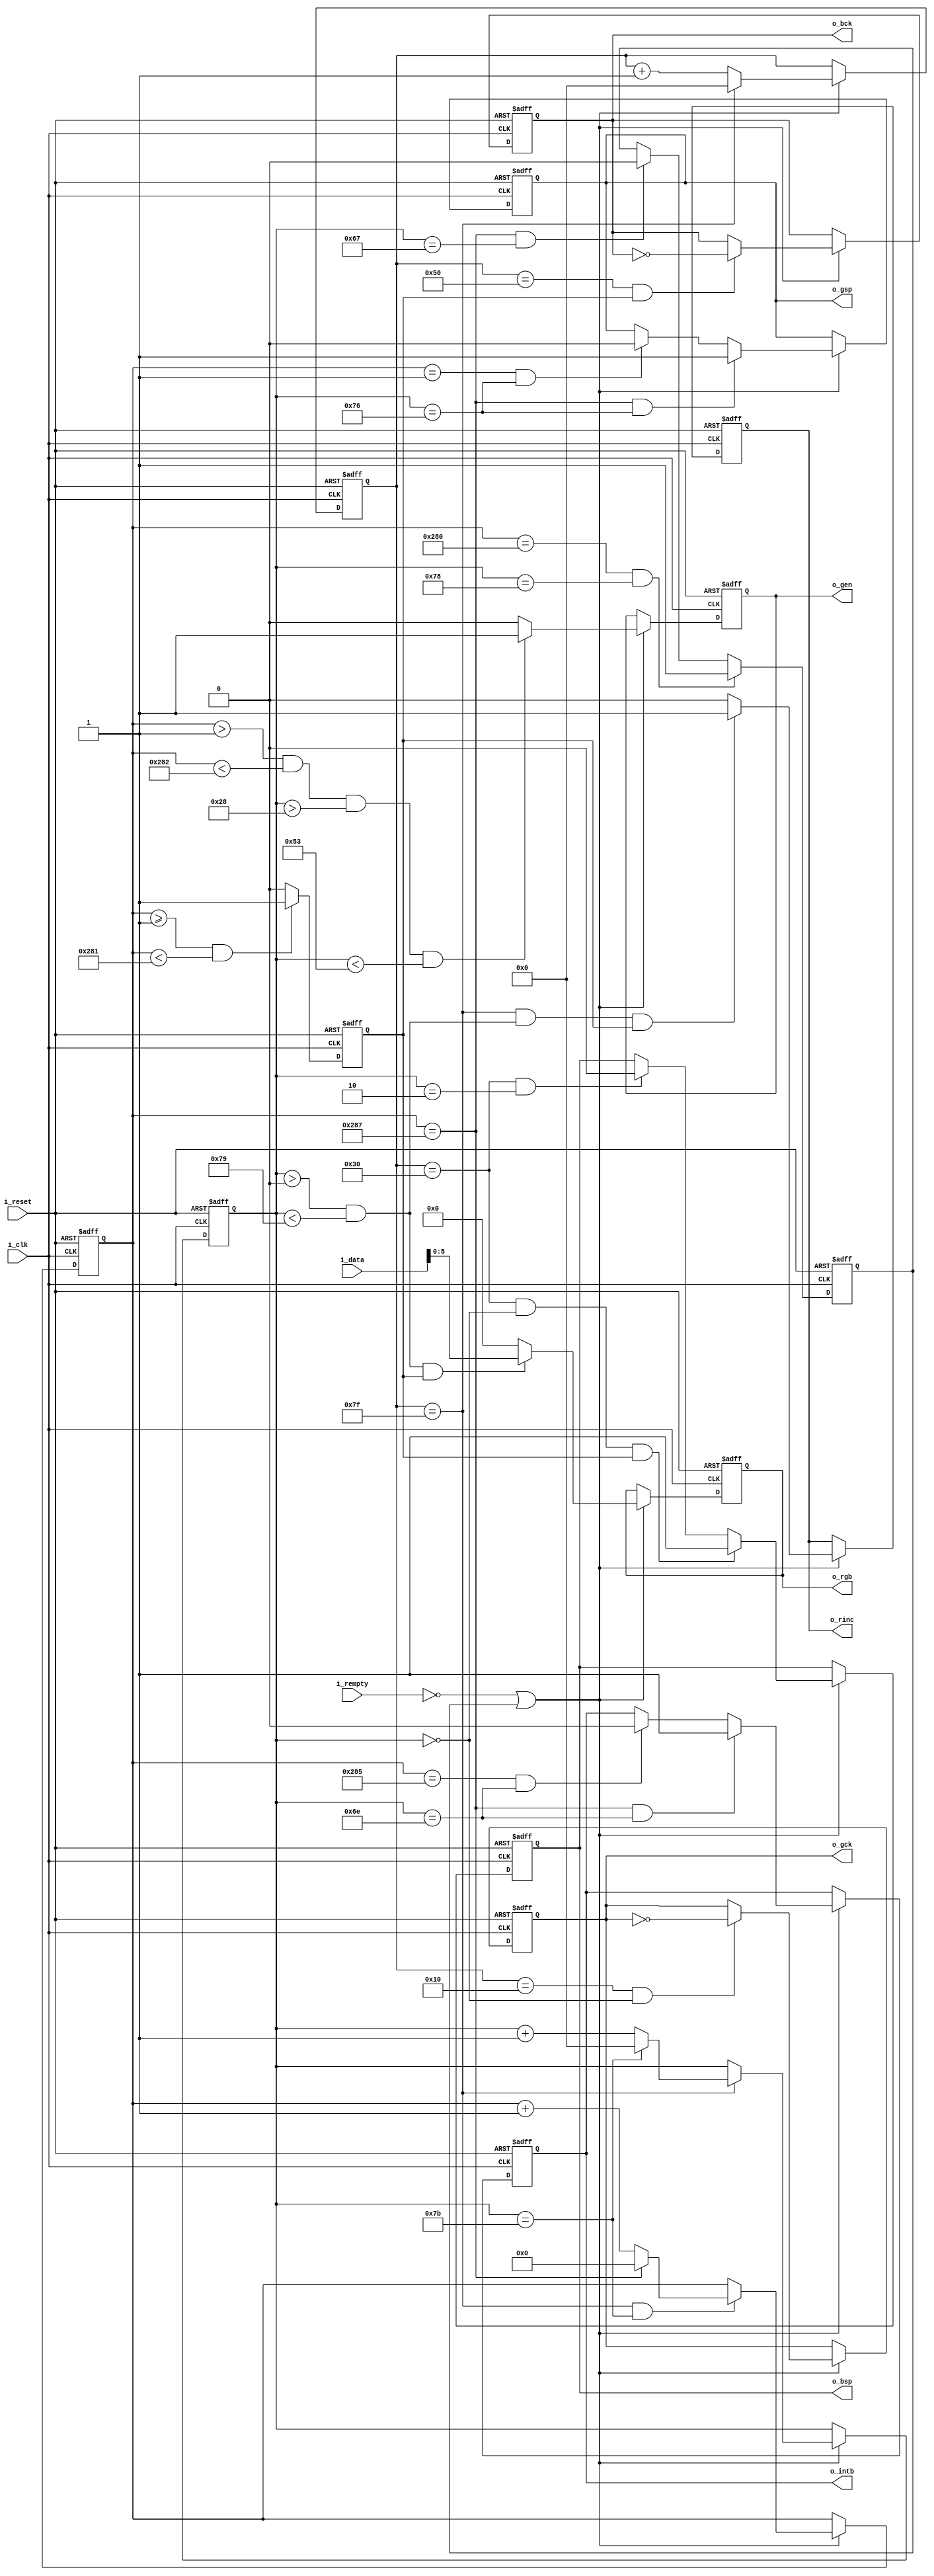
`default_nettype none
`timescale 1ns/1ns
`define HLINES 123
`define VLINES 647
module memlcd_fsm #(
	parameter DATA_WIDTH = 8 
)(
	input 					i_clk,
    input 					i_reset,
    input [DATA_WIDTH-1:0] 	i_data,

    input 					i_rempty,
    output 					o_rinc,

    output 					o_intb,
    output 					o_gsp,
    output 					o_gck,
    output 					o_gen,
    output 					o_bsp,
    output 					o_bck,
    output 	[5:0]			o_rgb
);

	reg		[6:0]			r_count_iclk; 	// For adjusting control signal setup and hold times
	reg		[6:0]			r_count_h;		// Keep track of horizontal pixal position
	reg		[9:0]			r_count_v;		// Keep track of vertical pixal position
	reg 					r_active_h;
	reg  					r_finish_frame;

    reg 					r_intb;
    reg 					r_gsp;
    reg 					r_gck;
    reg 					r_gen;
    reg 					r_bsp;
    reg 					r_bck;
    reg 	[5:0]			r_rgb;

	reg 					r_rinc;	


	always @(posedge i_clk or posedge i_reset) begin
		if (i_reset) begin
			r_intb			<= 1'b0;
			r_gsp 			<= 1'b0;
			r_gck			<= 1'b0;
			r_gen			<= 1'b0;
			r_bsp			<= 1'b0;
			r_bck			<= 1'b0;
			r_rgb			<= 6'b0;
			r_rinc			<= 1'b0;
			r_count_iclk 	<= 0;
			r_count_h 		<= `HLINES-20;
			r_count_v 		<= `VLINES;

		end else if (!i_rempty || r_finish_frame) begin // Only proceed with signaling if the FIFO is not empty
			// Update clock counter
			r_count_iclk <= (r_count_iclk == 127) ? 0 : r_count_iclk + 1'b1;
			
			// Update horizontal counter
			if (r_count_iclk == 127) begin
				r_count_h <= (r_count_h == `HLINES) ? 0 : r_count_h + 1'b1;
			end
			
			// Update Vertical Counter
			if ((r_count_iclk == 127) && (r_count_h == `HLINES)) begin
				r_count_v <= (r_count_v == `VLINES) ? 0 : r_count_v + 1'b1;
			end

			// r_rinc control
			if ((r_count_iclk == 127) && ((r_count_h > 0) && (r_count_h < 121)) && r_active_h) begin
				r_rinc <= 1'b1;
			end else begin
				r_rinc <= 1'b0;
			end

			// r_rgb control
			if ((r_count_h > 0) && (r_count_h < 121) && r_active_h) begin
				r_rgb <= i_data[5:0];
			end else begin
				r_rgb <= 6'b0;
			end

			// r_bck control
			if ((r_count_iclk == 80) && r_active_h) begin
				r_bck <= ~r_bck;
			end

			// r_bsp control
			if ((r_count_iclk == 48) && (r_count_h == 0) && r_active_h) begin
				r_bsp <= 1'b1;
			end else if ((r_count_iclk == 48) && (r_count_h == 2)) begin
				r_bsp <= 1'b0;
			end

			// r_gck control
			if ((r_count_iclk == 16) && (r_count_h == 0)) begin
				r_gck <= ~r_gck;
			end

			// r_gsp control
			if ((r_count_v == `VLINES) && (r_count_h == 118)) begin
				r_gsp <= 1'b1;
			end else if ((r_count_v == 1) && (r_count_h == 118)) begin
				r_gsp <= 1'b0;
			end

			// r_gen control
			if ((r_count_v > 1) && (r_count_v < 642) && (r_count_h > 40) && (r_count_h < `HLINES - 40)) begin
				r_gen <= 1'b1;
			end else begin
				r_gen <= 1'b0;
			end

			// r_intb control
			if ((r_count_v == `VLINES) && (r_count_h == 110)) begin
				r_intb <= 1'b1;
			end else if ((r_count_v == 645) && (r_count_h == 110)) begin
				r_intb <= 1'b0;
			end
		end
	end

	always @(posedge i_clk or posedge i_reset) begin
		if (i_reset) begin
			r_active_h <= 1'b0;
		end else begin
			if ((r_count_v >= 1) && (r_count_v < 641)) begin
				r_active_h <= 1'b1;
			end else begin
				r_active_h <= 1'b0;
			end
		end
	end

	// Finsh frame 
	always @(posedge i_clk or posedge i_reset) begin
		if (i_reset) begin
			r_finish_frame <= 1'b0;
		end else begin
			if ((r_count_v == 640) && (r_count_h == 120)) begin
				r_finish_frame <= 1'b1;
			end else if ((r_count_v == `VLINES) && (r_count_h == `HLINES-20)) begin
				r_finish_frame <= 1'b0;
			end
		end
	end

	assign 	o_rgb 	= r_rgb;
	assign	o_intb	= r_intb;
	assign	o_gsp 	= r_gsp;
	assign	o_gck	= r_gck;
	assign	o_gen	= r_gen;
	assign	o_bsp	= r_bsp;
	assign	o_bck	= r_bck;
	assign	o_rinc	= r_rinc;

endmodule